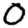
Digit: 0